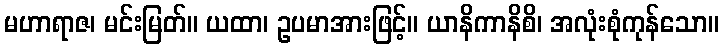
မဟာရာဇ၊ မင်းမြတ်။ ယထာ၊ ဥပမာအားဖြင့်။ ယာနိကာနိစိ၊ အလုံးစုံကုန်သော။